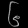
Digit: ၆